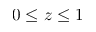
0 \leq z \leq 1